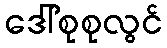
ဒေါ်စုစုလွင်